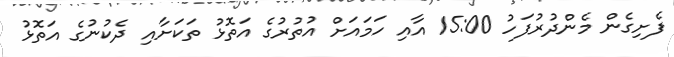
ފެށިގެން މެންދުރުފަހު 15:00 އާއި ހަމައަށް އުތުރުގެ އަތޮޅު ތަކަށާއި ދެކުނުގެ އަތޮޅު